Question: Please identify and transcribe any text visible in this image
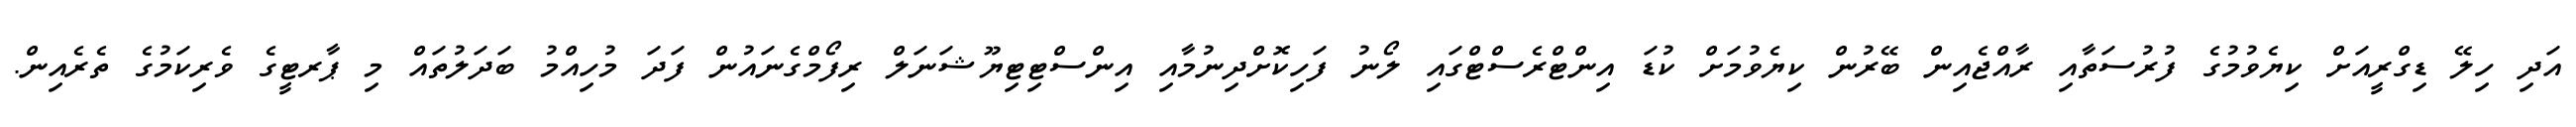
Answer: އަދި ހިލޭ ޑިގްރީއަށް ކިޔެވުމުގެ ފުރުސަތާއި ރާއްޖެއިން ބޭރުން ކިޔެވުމަށް ކުޑަ އިންޓްރެސްޓްގައި ލޯނު ފަހިކޮށްދިނުމާއި އިންސްޓިޓިޔޫޝަނަލް ރިފޯމްގެނައުން ފަދަ މުހިއްމު ބަދަލުތައް މި ޕާރޓީގެ ވެރިކަމުގެ ތެރެއިން.